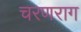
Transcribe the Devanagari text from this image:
चरणराग